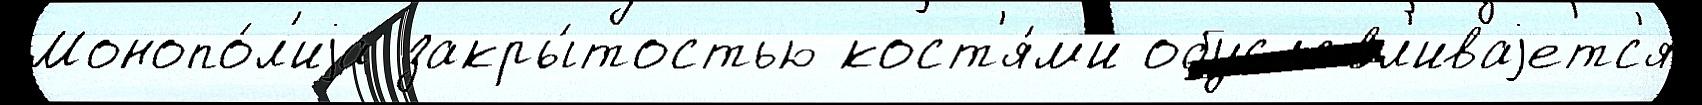
Монопо́л'иjа закры́тостью кост'я́м'и обуславл'иваjетс'я